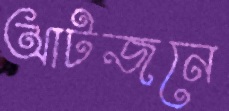
আটজনে